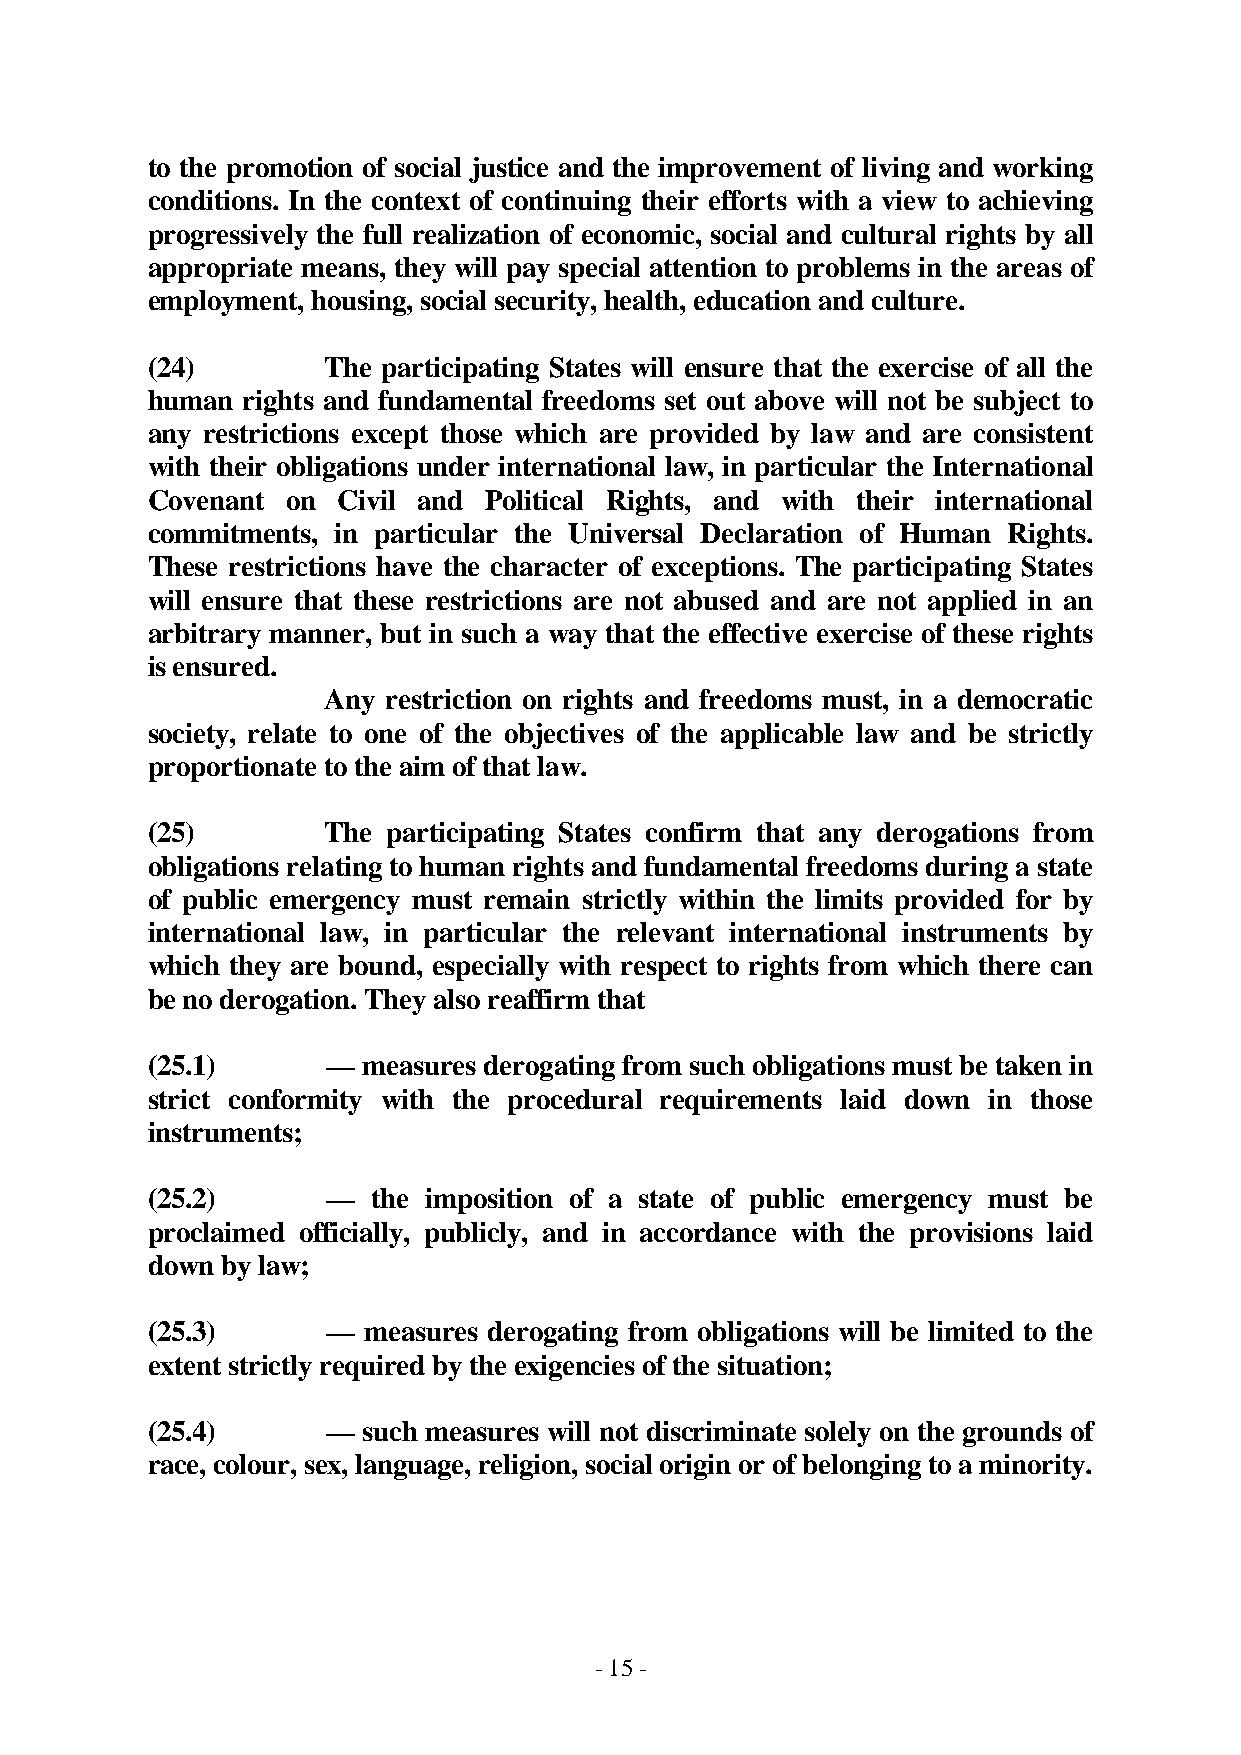
to the promotion of social justice and the improvement of living and working
 conditions. In the context of continuing their efforts with a view to achieving
 progressively the full realization of economic, social and cultural rights by all
 appropriate means, they will pay special attention to problems in the areas of
 employment, housing, social security, health, education and culture.
 (24)        The participating States will ensure that the exercise of all the
 human rights and fundamental freedoms set out above will not be subject to
 any restrictions except those which are provided by law and are consistent
 with their obligations under international law, in particular the International
 Covenant on Civil and Political Rights, and with their international
 commitments, in particular the Universal Declaration of Human Rights.
 These restrictions have the character of exceptions. The participating States
 will ensure that these restrictions are not abused and are not applied in an
 arbitrary manner, but in such a way that the effective exercise of these rights
 is ensured.
 Any restriction on rights and freedoms must, in a democratic
 society, relate to one of the objectives of the applicable law and be strictly
 proportionate to the aim of that law.
 (25)        The participating States confirm that any derogations from
 obligations relating to human rights and fundamental freedoms during a state
 of public emergency must remain strictly within the limits provided for by
 international law, in particular the relevant international instruments by
 which they are bound, especially with respect to rights from which there can
 be no derogation. They also reaffirm that
 (25.1)      — measures derogating from such obligations must be taken in
 strict conformity with the procedural requirements laid down in those
 instruments;
 (25.2)      —  the imposition of a state of public emergency must be
 proclaimed officially, publicly, and in accordance with the provisions laid
 down by law;
 (25.3)      — measures derogating from obligations will be limited to the
 extent strictly required by the exigencies of the situation;
 (25.4)      — such measures will not discriminate solely on the grounds of
 race, colour, sex, language, religion, social origin or of belonging to a minority.
 - 15 -